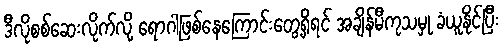
ဒီလိုစစ်ဆေးလိုက်လို့ ရောဂါဖြစ်နေကြောင်းတွေ့ရှိရင် အချိန်မီကုသမှု ခံယူနိုင်ပြီး